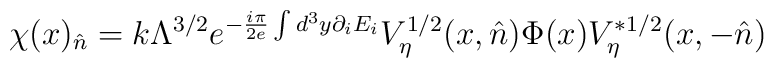
\chi(x)_{\hat n}= k\Lambda^{3/2}e^{-\frac{i\pi}{2e}\int d^3y\partial_iE_i}V_\eta^{1/2}(x,\hat n)\Phi(x)V_\eta^{*1/2}(x, -\hat n)